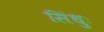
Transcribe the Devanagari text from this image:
सिंधुः